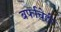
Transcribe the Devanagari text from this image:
बर्फाचेही